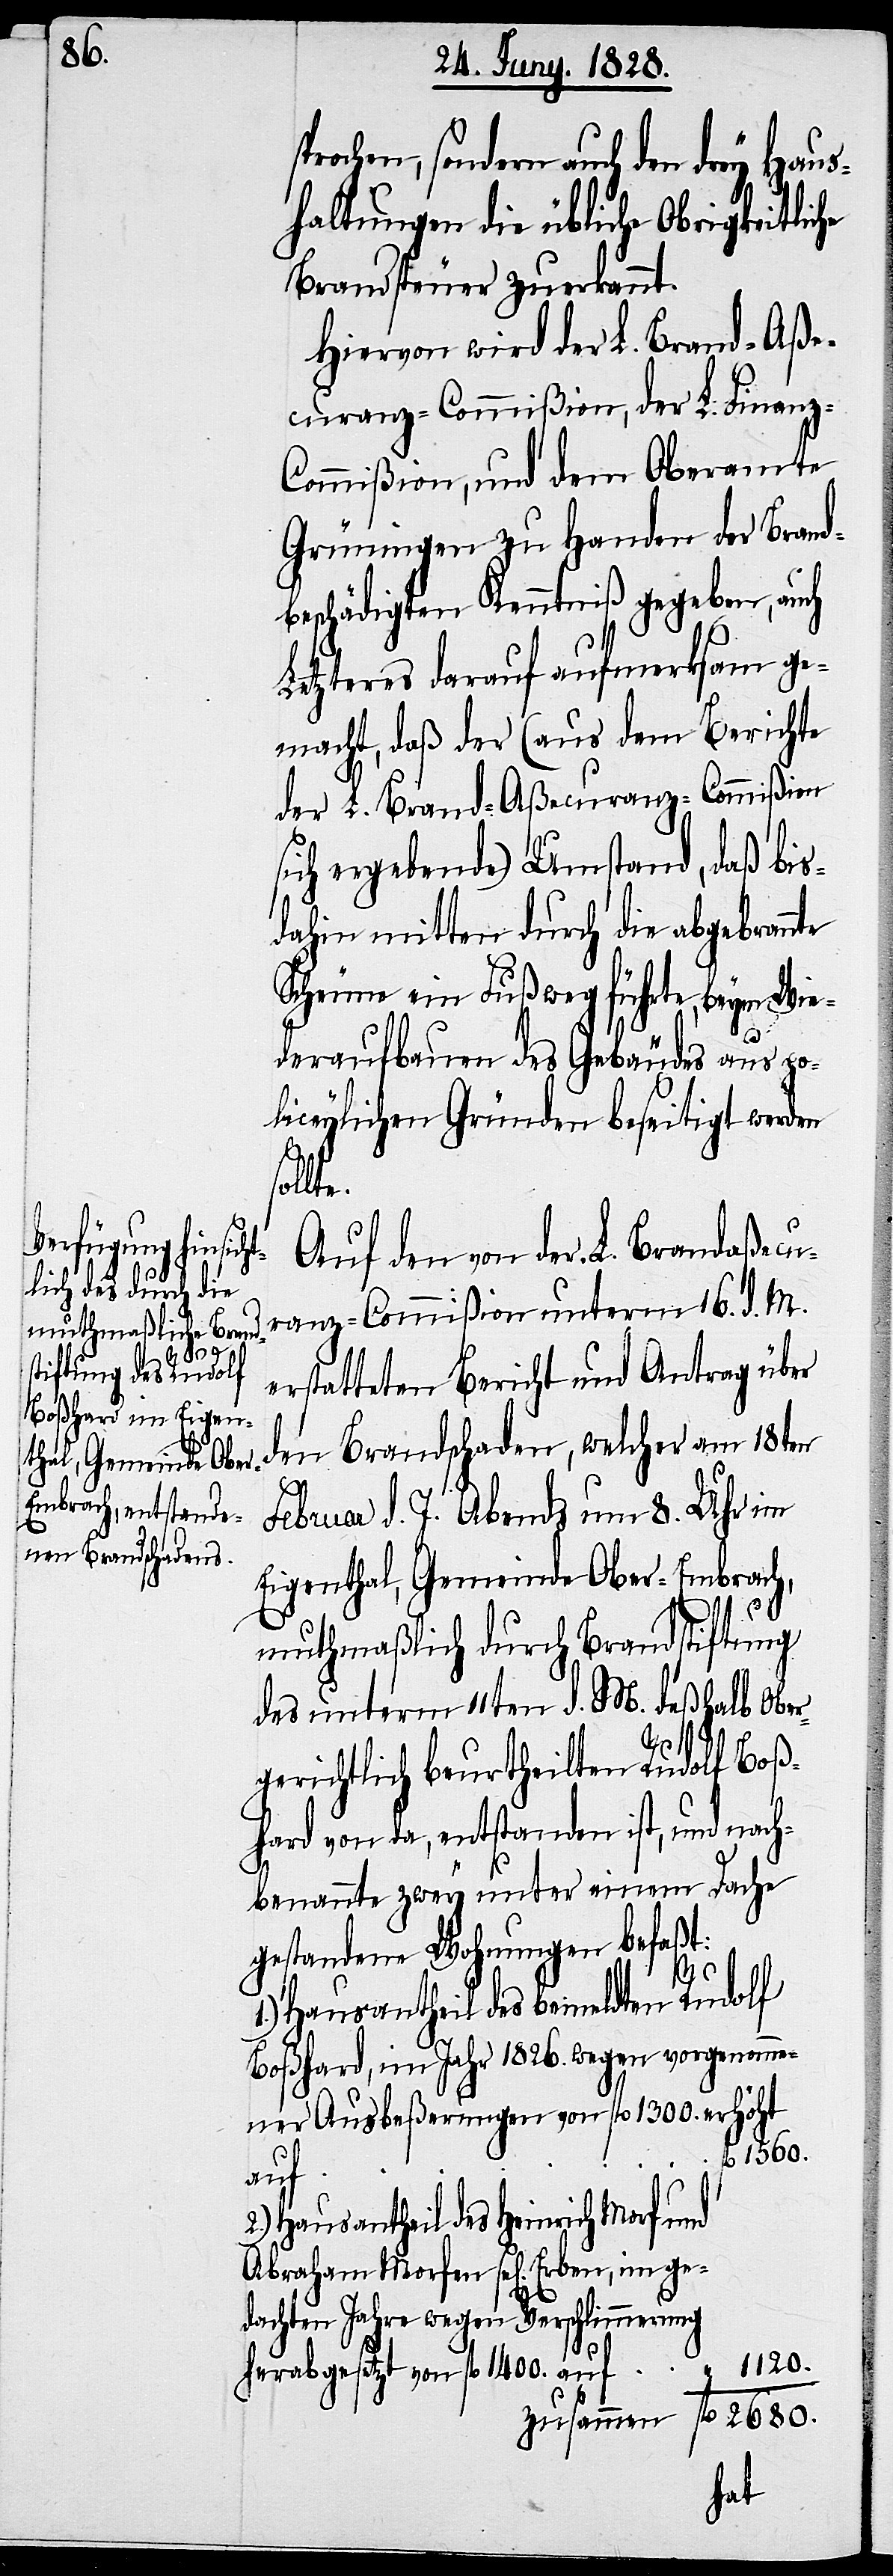
Erben, im ge¬

prochen, sondern auch den drey Haus¬
haltungen die übliche Obrigkeitlic¬
Brandsteuer zuerkannt.
Hiervon wird der L. Brand-Aße¬
curanz-Commißion, der L. Finanz-C¬
ommißion, und dem Oberamte
Grüningen zu Handen der Brand¬
beschädigten Kenntniß gegeben, auch
Letzteres darauf aufmerksam ge¬
macht, daß der (aus dem Berichte
der L. Brand-Aßecuranz-Commißion
sich ergebende) Umstand, daß bis¬
dahin mitten durch die abgebrannte
Scheunen ein Fußweg führte, beym Wie¬
deraufbauen des Gebäudes aus po¬
liceylichen Gründen beseitigt werden
ollte.
Auf den von der L. Brandaßecu¬
ranz-Commißion unterm 16. d. M.
erstatteten Bericht und Antrag über
den Brandschaden, welcher am 18ten
Februar d. J. Abends um 8. Uhr im
Eigenthal, Gemeinde Ober-Embrach,
muthmaßlich durch Brandstiftung
des unterm 11ten d. M. deßhalb Ober¬
gerichtlich beurtheilten Rudolf Boß¬
hard von da, entstanden ist, und nach¬
benannte zwey unter einem Dache
gestandene Wohnungen befaßt:
1.)
Hausantheil des bemeldten Rudolf
Boßhard, im Jahr 1826. wegen vorgenomme¬
höht
ner Ausbeßerungen von fl. 1300. er¬
“
auf
Hausantheil des Heinrich Morf und
dachten Jahre wegen Verschlimmerung
1120.
herabgesetzt von fl 1400. auf
fl.
2680.
zusammen
he